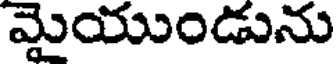
మైయుండును